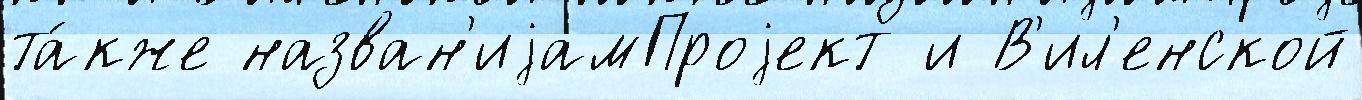
та́кже назван'иjамПроjект и В'ил'енской